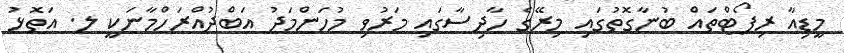
މީޑިއާ ރިޕޯޓްތައް ބުނާގޮތުގައި މިރޭގެ ހާދިސާގައި މަރުވި މުހަންމަދު އަބްދުއްރަހްމާނަކީ ލ. އަތޮޅު